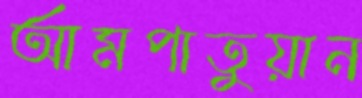
আমপাতুয়ান